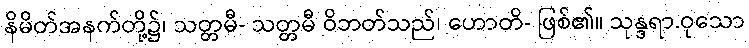
နိမိတ်အနက်တို့၌၊ သတ္တမီ- သတ္တမီ ဝိဘတ်သည်၊ ဟောတိ- ဖြစ်၏။ သုန္ဒရာ.ဝုသော